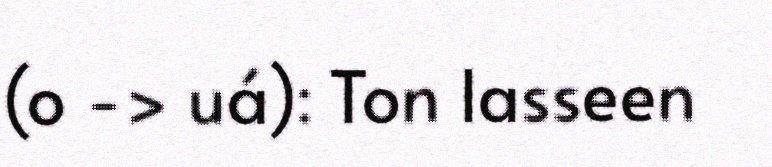
(o -> uá): Ton lasseen